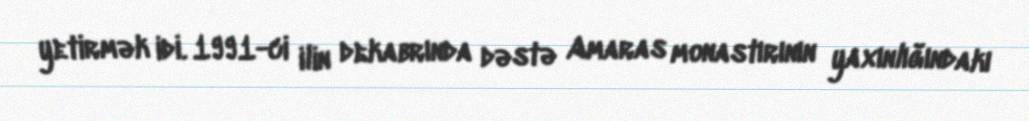
yetirmək idi. 1991-ci ilin dekabrında dəstə Amaras monastırının yaxınlığındakı